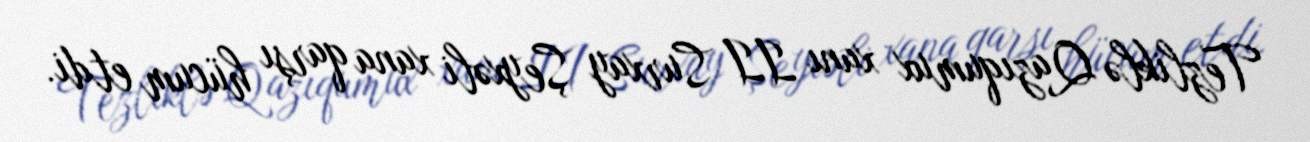
Tezliklə Qazıqumux xanı II Surxay Şeyxəli xana qarşı hücum etdi.